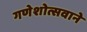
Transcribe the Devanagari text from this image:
गणेशोत्सवाने